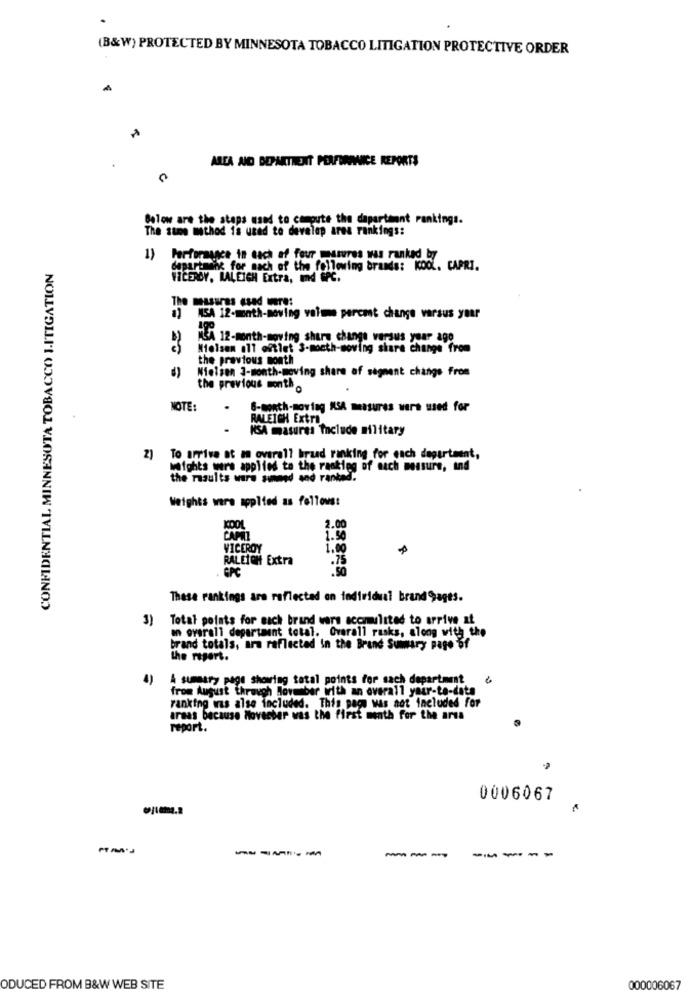
(B&W) PROTECTED BY MINNESOTA TOBACCO LITIGATION PROTECTIVE ORDER
AREA AND DEPARTMENT PERFORMANCE REPORTS
Below are the staps used to compute the dapartment rankings.
The same method is used to develop area rankings:
1) Performance in cach af four masures was ranked by
CONFIDENTIAL MINNESOTA TOBACCO LITIGATION
departmenk for mach of the following brands: KOOL. CAPRI.
VICEROY, RALEIGH Extra, md SPC.
The masuras esad were:
8) NSA 12-month-moving volume percent change varsus your
M&A 12-month-moving share change versus year ago
Nielsen a11 oftiet S-month-moving share change from
the previous month
Nielsen 3-month-moving share of segment changs from
the previous month .
NOTE:
.
6-month-moving KSA measures were used for
RALEIGH Extra
.
KSA masures Include military
2) To arrive at an overall braad ranking for each department,
wafghts were applied to the ranking of nach measure, ind
the results were sinned and rankad.
Weights wars applied as follows:
2.00
1.50
VICEROY
1.00
RALEIGH Extra
GPC
These rankings are reflected on individual brand pages.
3) Total points for each brand wars accumulated to arrive at
an overall department total. Overall rasks, along with the
brand totals, ara reflected in the Brand Summary page of
the report.
A summary page showing total points for sach department
from August through Movesbar with an overall yair-to-data
ranking was also included. This page Was not included for
araas because Movecher was the first month for the arts
report.
0006067
-----
---
-----
ODUCED FROM B&W WEB SITE
000006067